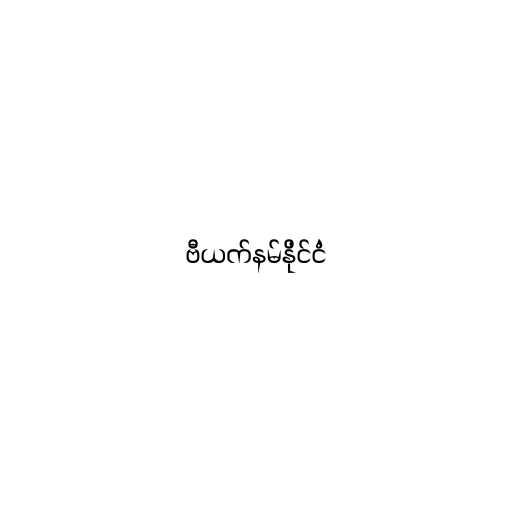
ဗီယက်နမ်နိုင်ငံ